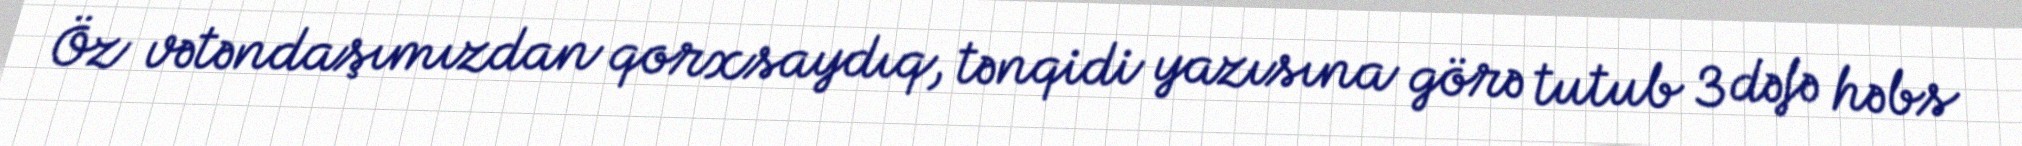
Öz vətəndaşımızdan qorxsaydıq, tənqidi yazısına görə tutub 3 dəfə həbs